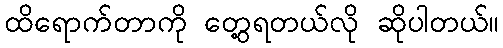
ထိရောက်တာကို တွေ့ရတယ်လို ဆိုပါတယ်။